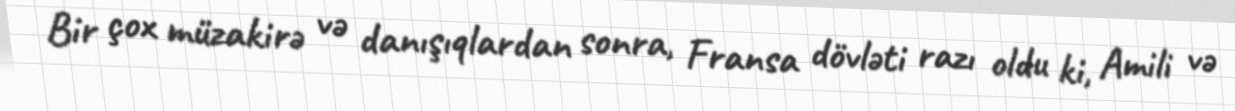
Bir çox müzakirə və danışıqlardan sonra, Fransa dövləti razı oldu ki, Amili və